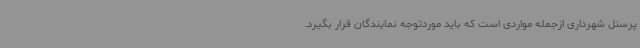
پرسنل شهرداری ازجمله مواردی است که باید موردتوجه نمایندگان قرار بگیرد.